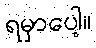
ရမှာပေါ့။